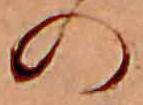
の